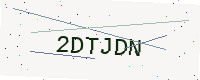
Text: 2DTJDN